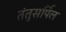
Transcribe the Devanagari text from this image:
तंतुसर्पिल